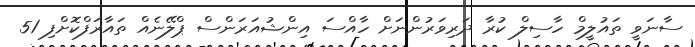
ސާނަވީ ތައުލީމް ހާސިލް ކުރާ ދަރިވަރުންނަށް ހާއްސަ އިންޝުއަރަންސް ޕްލޭނެއް ތައާރަފްކޮށްފި 51